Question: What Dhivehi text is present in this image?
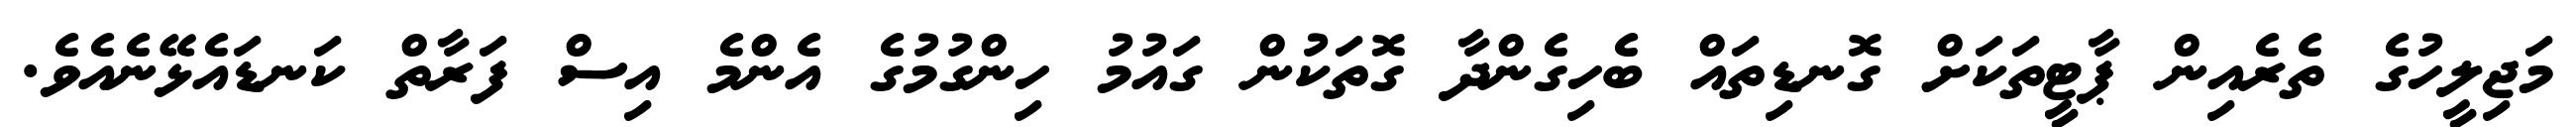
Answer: މަޖިލީހުގެ ތެރެއިން ޕާޓީތަކަށް ގޮނޑިތައް ބެހިގެންދާ ގޮތަކުން ގައުމު ހިންގުމުގެ އެންމެ އިސް ފަރާތް ކަނޑައެޅޭނެއެވެ.